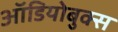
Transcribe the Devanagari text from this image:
ऑडियोबुक्स